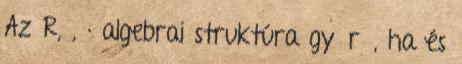
Az R, , · algebrai struktúra gyűrű, ha és